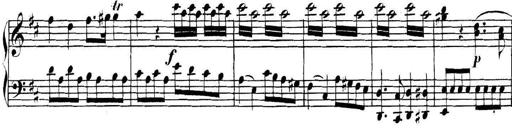
Title: Collected Piano Sonatas
Composer: Muzio Clementi